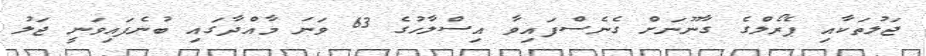
ޖަލުތަކާއި ޕެރޯލްގެ ގާނޫނަށް ގެނެސްފައިވާ އިސްލާހުގެ 63 ވަނަ މާއްދާގައި ބުނެފައިވަނީ ޖަލު